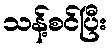
သန့်စင်ပြီး